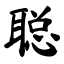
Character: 聪